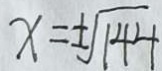
x = \pm \sqrt { 1 4 4 }